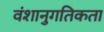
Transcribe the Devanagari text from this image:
वंशानुगतिकता